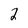
Character: 2